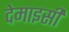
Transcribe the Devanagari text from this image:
देमाइसीं